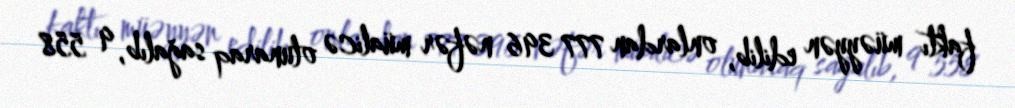
faktı müəyyən edilib, onlardan 777 396 nəfər müalicə olunaraq sağalıb, 9 558